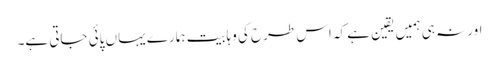
اور نہ ہی ہمیں یقین ہے کہ اس طرح کی وہابیت ہمارے یہاں پائی جاتی ہے۔